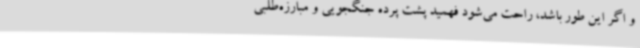
و اگر این طور باشد، راحت می‌شود فهمید پشت پرده جنگجویی و مبارزه‌طلبی